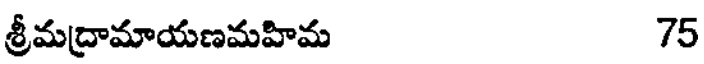
శ్రీమద్రామాయణమహిమ 75